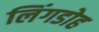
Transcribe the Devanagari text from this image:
लिंगडोह